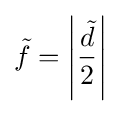
{\tilde {f}}=\left|{\frac {\tilde {d}}{2}}\right|